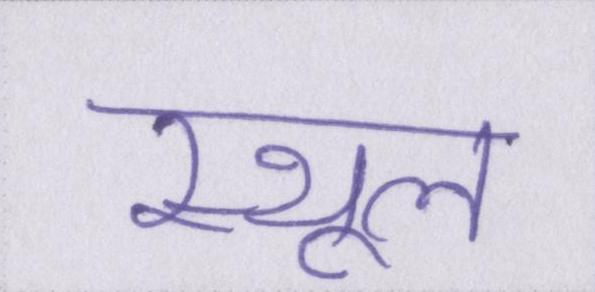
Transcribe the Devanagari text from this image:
स्थूल